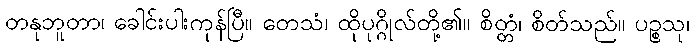
တနုဘူတာ၊ ခေါင်းပါးကုန်ပြီ။ တေသံ၊ ထိုပုဂ္ဂိုလ်တို့၏။ စိတ္တံ၊ စိတ်သည်။ ပဉ္စသု၊